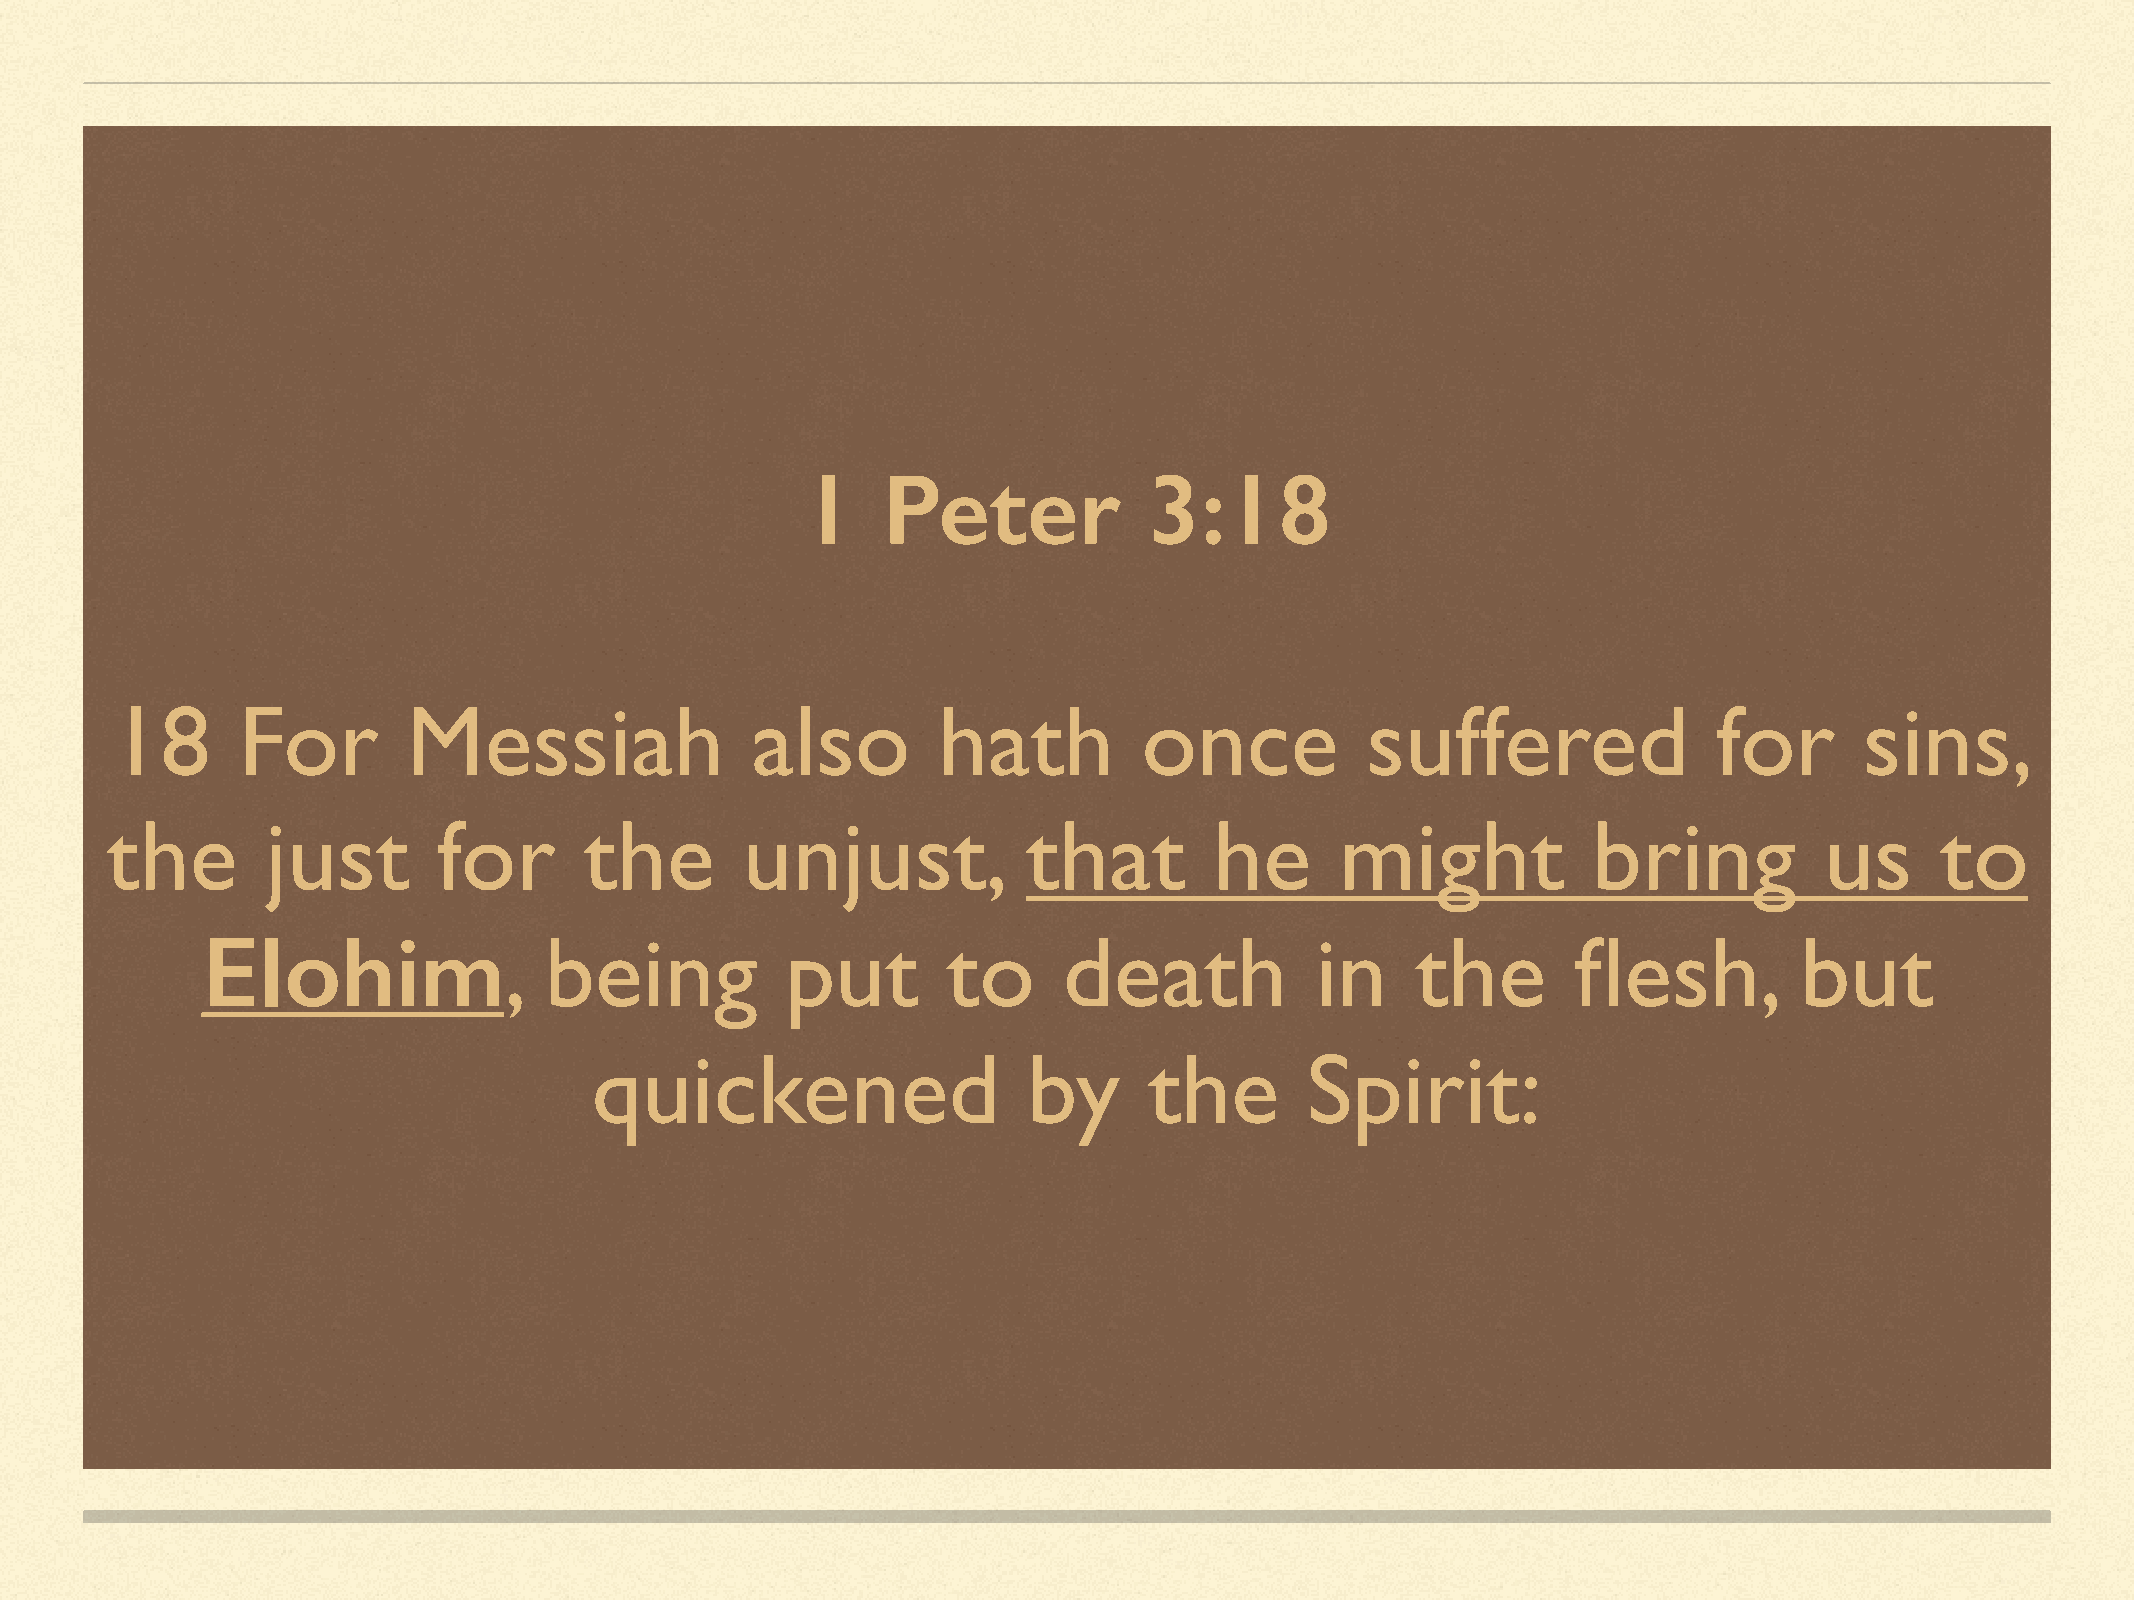
1    Peter             3:18
 18       For        Messiah                also        hath          once          suffered                for      sins,
 the        just       for       the       unjust,            that        he       might           bring           us     to
 Elohim,                being           put        to     death            in     the       flesh,         but
 quickened                    by      the       Spirit: